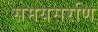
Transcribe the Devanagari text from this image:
समयसरणि